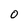
Character: 0